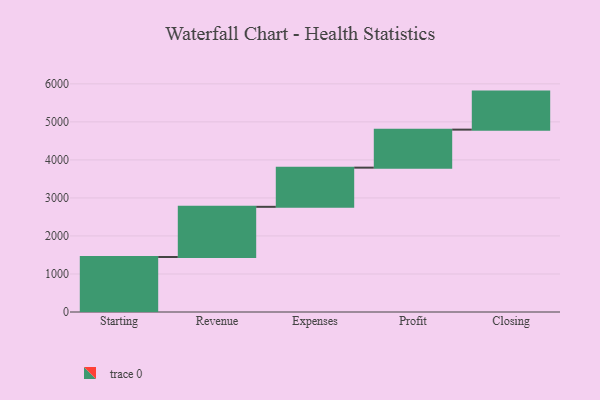
{"axis": {"x": "Step", "y": "Value"}, "legend": [""], "data": [{"x": "Starting", "y": 1446.0, "type": ""}, {"x": "Revenue", "y": 1320.0, "type": ""}, {"x": "Expenses", "y": 1030.0, "type": ""}, {"x": "Profit", "y": 1000, "type": ""}, {"x": "Closing", "y": 1000, "type": ""}]}